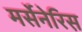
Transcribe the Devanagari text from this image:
मर्सेनेरिस़